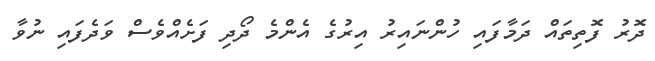
ދޮރު ފޮތިތައް ދަމާފައި ހުންނައިރު އިރުގެ އެންމެ ދޯދި ފަށެއްވެސް ވަދެފައި ނުވާ